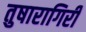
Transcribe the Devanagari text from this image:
तुषारागिरी